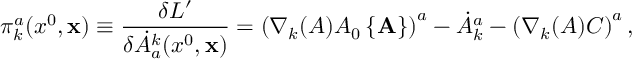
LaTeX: \pi _ { k } ^ { a } ( x ^ { 0 } , { \bf x } ) \equiv \frac { \delta L ^ { \prime } } { \delta \dot { A } _ { a } ^ { k } ( x ^ { 0 } , { \bf x } ) } = \left( \nabla _ { k } ( A ) A _ { 0 } \left\{ { \bf A } \right\} \right) ^ { a } - \dot { A } _ { k } ^ { a } - \left( \nabla _ { k } ( A ) C \right) ^ { a } ,